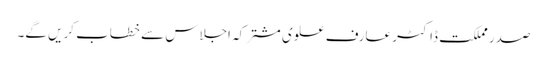
صدر مملکت ڈاکٹر عارف علوی مشترکہ اجلاس سے خطاب کریں گے۔